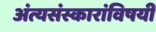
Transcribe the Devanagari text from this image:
अंत्यसंस्कारांविषयी